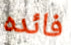
فائده